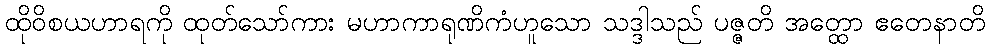
ထိုဝိစယဟာရကို ထုတ်သော်ကား မဟာကာရုဏိကံဟူသော သဒ္ဒါသည် ပဇ္ဇတိ အတ္ထော ဧတေနာတိ